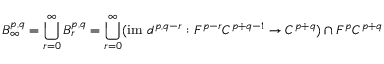
B _ { \infty } ^ { p , q } = \bigcup _ { r = 0 } ^ { \infty } B _ { r } ^ { p , q } = \bigcup _ { r = 0 } ^ { \infty } ( { \mathrm { i m ~ } } d ^ { p , q - r } : F ^ { p - r } C ^ { p + q - 1 } \rightarrow C ^ { p + q } ) \cap F ^ { p } C ^ { p + q }